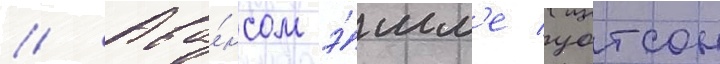
// Ава́нсом э́мм'е уотсон